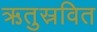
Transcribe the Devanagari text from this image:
ऋतुस्रवित